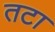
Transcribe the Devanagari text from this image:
तटा